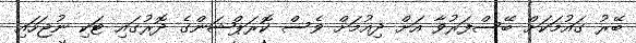
ބޭރު ގައުމަކަށް ބޭސްފަރުވާ އަށް ދިއުމަށް ވެސް ކޮރަޕްޝަންގެ ދޮރުގައި ޓަކި ނުޖަހައި